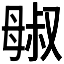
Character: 𬆷